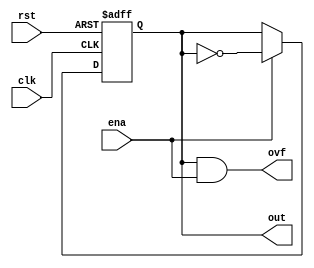
module simple_binary_upcounter #(parameter BITS = 1)
                (input wire clk, input wire rst, input wire ena,
                output wire [BITS - 1:0] out, output wire ovf);

reg [BITS - 1:0] cnt;
wire [BITS:0] enable_wires;

initial begin
    cnt <= 0;
end

assign out = cnt;
assign enable_wires[0] = ena;
assign ovf = enable_wires[BITS];// & clk;

genvar i;
generate
for(i = 0; i < BITS; i = i + 1) begin: gen_cnt
    
    assign enable_wires[i + 1] = cnt[i] & enable_wires[i];
    
    always @(posedge clk or negedge rst) begin
        if(!rst) begin
            cnt [i] <= 1'b0;
        end else if(enable_wires[i]) begin
            cnt [i] <= ~cnt[i];
        end
    end
end
endgenerate

endmodule